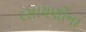
રસાયણોના